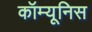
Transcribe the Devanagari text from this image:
कॉम्यूनिस